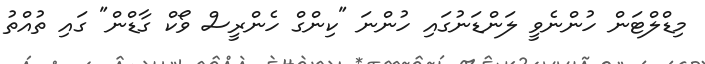
މިޑްލްޓަން ހުންނެވީ ލަންޑަނުގައި ހުންނަ "ކިންގް ހެންރީސް ވޯކް ގާޑްން" ގައި ތުއްތު